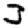
Digit: 3